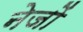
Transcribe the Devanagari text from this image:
नेजों